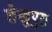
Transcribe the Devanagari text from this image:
शेखुपुरा